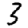
Digit: 3